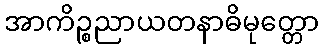
အာကိဉ္စညာယတနာဓိမုတ္တော